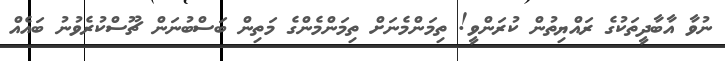
ނުވާ އާބާދީތަކުގެ ރައްޔިތުން ކުރަންވީ! ތިމަންމެނަށް ތިމަންމެންގެ މަތިން ބަސްބުނަން ޗޫސްކުރެވުނު ބައެއް